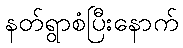
နတ်ရွာစံပြီးနောက်